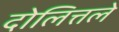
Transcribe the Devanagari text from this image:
दोलित्तले